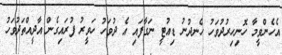
އެހެންވީމާ ހޮނިހިރުދުވަހު ހެނދުނު ޑިއުޓީ ނަގާފައި އެ ދުވަހު ހަވީރު ފުރައިގެން އާދީއްތަދުވަހު